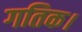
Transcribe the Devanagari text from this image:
गतिक।